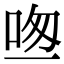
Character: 𠱱